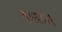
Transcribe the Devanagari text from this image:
इमरात।